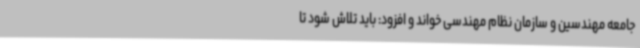
جامعه مهندسین و سازمان نظام مهندسی خواند و افزود: باید تلاش شود تا